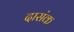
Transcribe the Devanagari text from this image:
दासंक